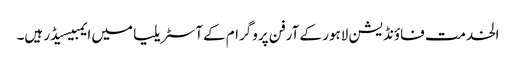
الخدمت فاؤنڈیشن لاہور کے آرفن پروگرام کےآسٹریلیا میں ایمبیسیڈر ہیں۔